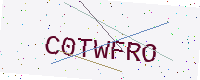
Text: C0TWFRO